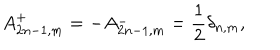
A _ { 2 n - 1 , m } ^ { + } = - A _ { 2 n - 1 , m } ^ { - } = \frac { 1 } { 2 } \delta _ { n , m } ,